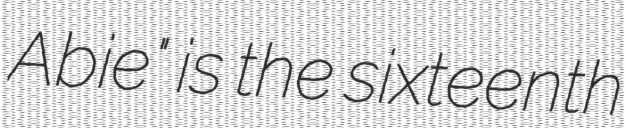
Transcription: Abie" is the sixteenth